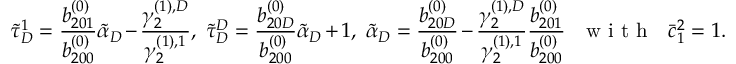
\tilde { \tau } _ { D } ^ { 1 } = \frac { b _ { 2 0 1 } ^ { ( 0 ) } } { b _ { 2 0 0 } ^ { ( 0 ) } } \tilde { \alpha } _ { D } - \frac { \gamma _ { 2 } ^ { ( 1 ) , D } } { \gamma _ { 2 } ^ { ( 1 ) , 1 } } , \ \tilde { \tau } _ { D } ^ { D } = \frac { b _ { 2 0 D } ^ { ( 0 ) } } { b _ { 2 0 0 } ^ { ( 0 ) } } \tilde { \alpha } _ { D } + 1 , \ \tilde { \alpha } _ { D } = \frac { b _ { 2 0 D } ^ { ( 0 ) } } { b _ { 2 0 0 } ^ { ( 0 ) } } - \frac { \gamma _ { 2 } ^ { ( 1 ) , D } } { \gamma _ { 2 } ^ { ( 1 ) , 1 } } \frac { b _ { 2 0 1 } ^ { ( 0 ) } } { b _ { 2 0 0 } ^ { ( 0 ) } } \mathrm { ~ ~ ~ w ~ i ~ t ~ h ~ ~ ~ } \bar { c } _ { 1 } ^ { 2 } = 1 .